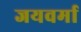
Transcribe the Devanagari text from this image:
जयवर्मा